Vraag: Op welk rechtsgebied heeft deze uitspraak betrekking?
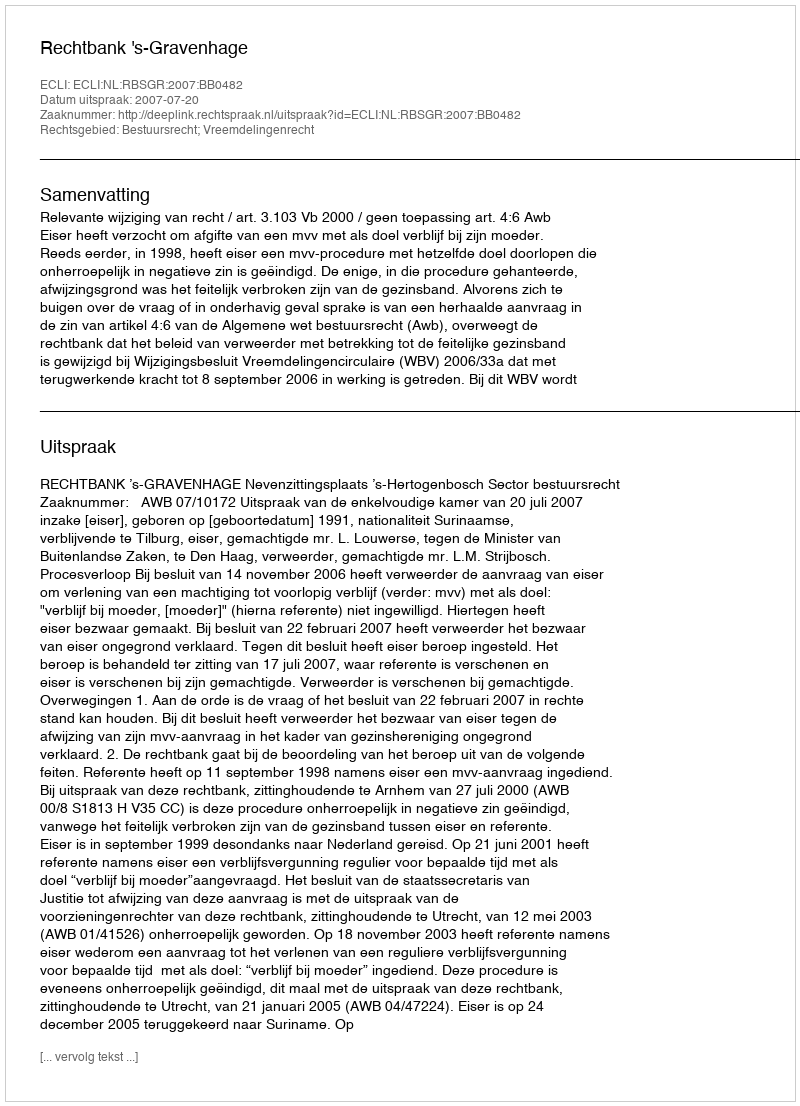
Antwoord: Bestuursrecht; Vreemdelingenrecht